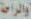
والراحة